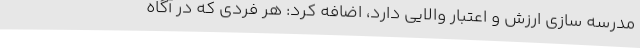
مدرسه سازی ارزش و اعتبار والایی دارد، اضافه کرد: هر فردی که در آگاه